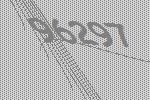
96297